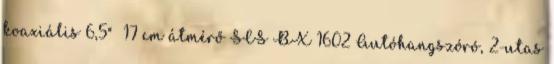
koaxiális 6,5" 17 cm átmérő SCS BX 1602 Autóhangszóró, 2-utas